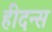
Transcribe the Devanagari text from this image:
हीदन्स